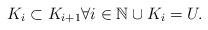
LaTeX: \begin{align*}K_{i}\subset K_{i+1} \forall i \in \mathbb{N} \cup K_{i}=U.\end{align*}